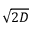
\sqrt { 2 D }